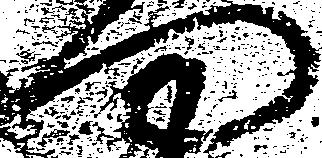
門